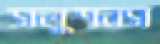
সলুশনস